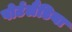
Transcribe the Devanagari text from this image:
पोर्टलैंडिया